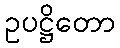
ဥပဋ္ဌိတော